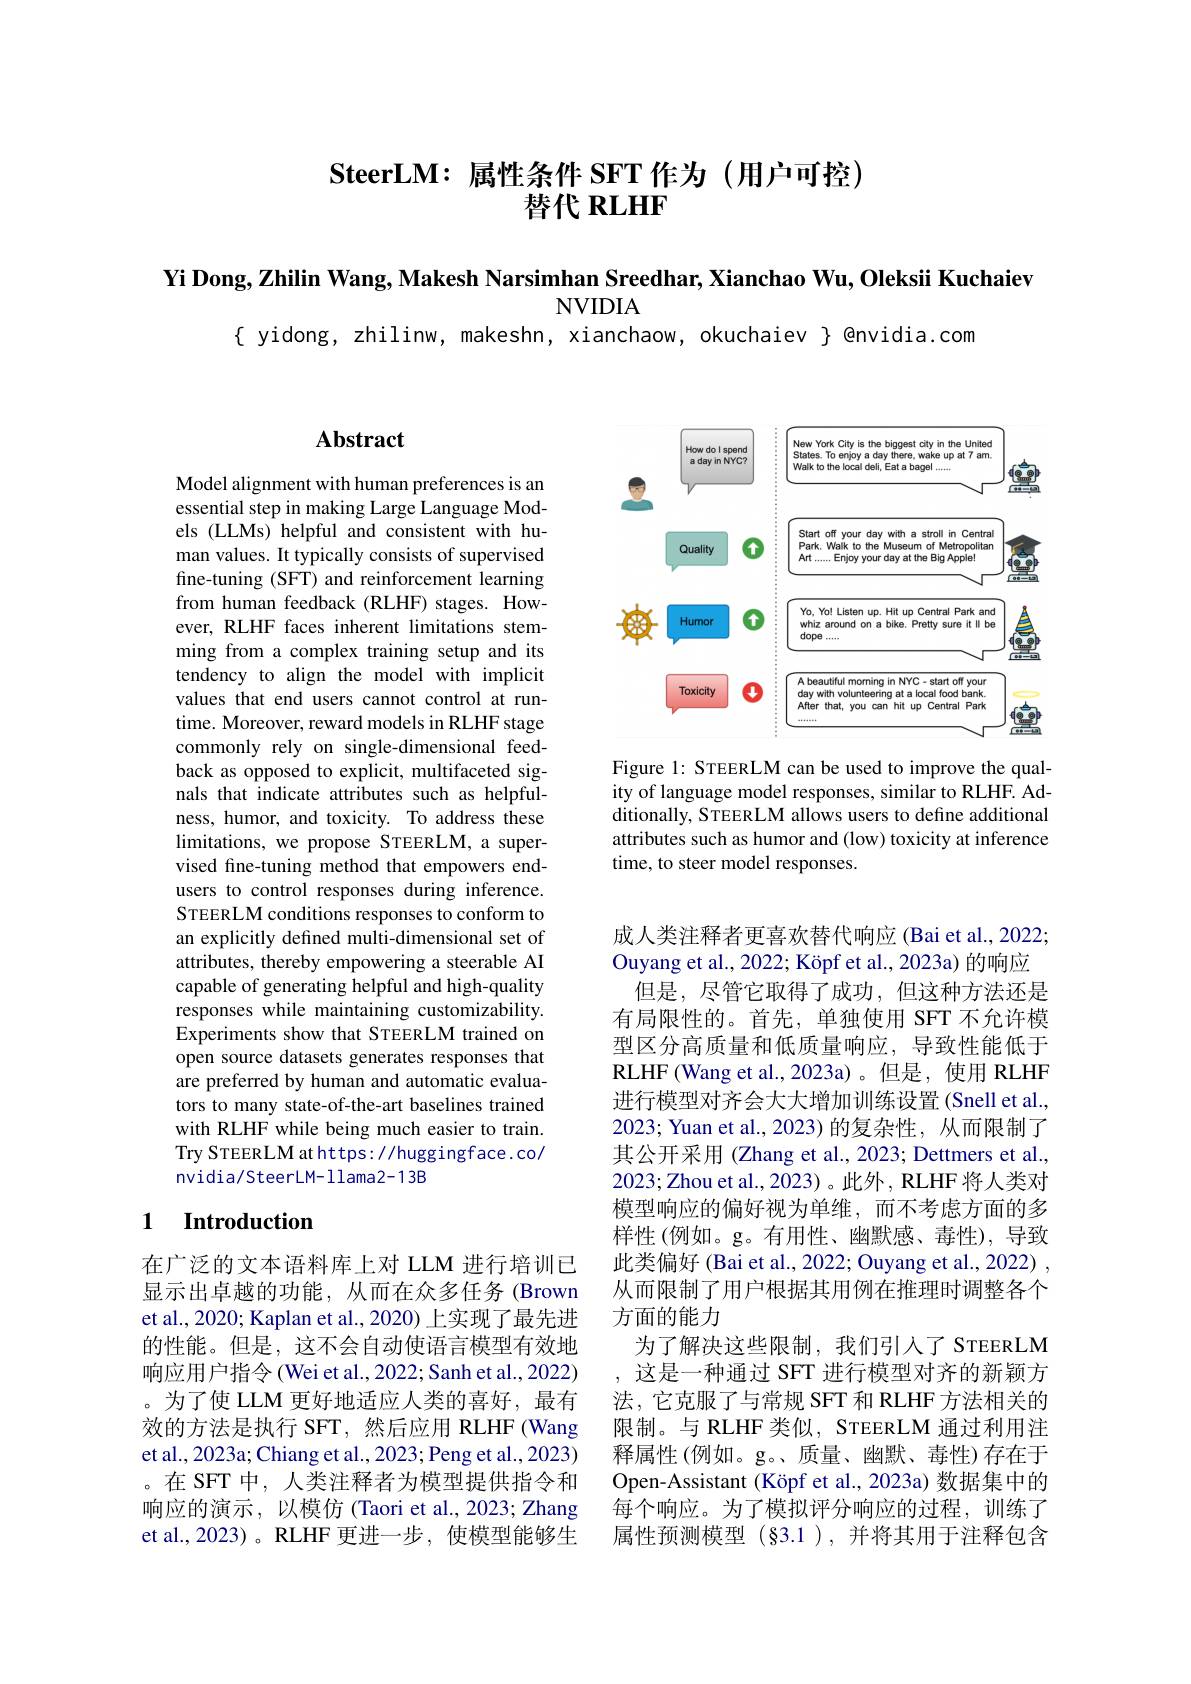
# $\mathbf{SteerLM:}$属性条件 SFT 作为(用户可控) 替代 RLHF

Yi Dong, Zhilin Wang, Makesh Narsimhan Sreedhar, Xianchao Wu, Oleksii Kuchaiev

NVIDIA

{ yidong, zhilinw, makeshn, xianchaow, okuchaiev } @nvidia.com

## $\mathbf{Abstract}$

Model alignment with human preferences is an essential step in making Large Language Models (LLMs) helpful and consistent with human values. It typically consists of supervised fine-tuning (SFT) and reinforcement learning from human feedback (RLHF) stages. However, RLHF faces inherent limitations stemming from a complex training setup and its tendency to align the model with implicit values that end users cannot control at runtime. Moreover, reward models in RLHF stage commonly rely on single-dimensional feedback as opposed to explicit, multifaceted signals that indicate attributes such as helpfulness, humor, and toxicity. To address these limitations, we propose STEERLM, a supervised fine-tuning method that empowers endusers to control responses during inference. STEERLM conditions responses to conform to an explicitly defined multi-dimensional set of attributes, thereby empowering a steerable AI capable of generating helpful and high-quality responses while maintaining customizability. Experiments show that STEERLM trained on open source datasets generates responses that are preferred by human and automatic evaluators to many state-of-the-art baselines trained with RLHF while being much easier to train. Try STEERLM at https://huggingface.co/ nvidia/SteerLM-1lama2-13B

## 1 $\textbf{Introduction}$

在广泛的文本语料库上对 LLM 进行培训已显示出卓越的功能，从而在众多任务(Brown et al., 2020; Kaplan et al., 2020) 上实现了最先进的性能。但是，这不会自动使语言模型有效地响应用户指令(Wei et al., 2022; Sanh et al., 2022) 。为了使 LLM 更好地适应人类的喜好，最有效的方法是执行 SFT,然后应用 RLHF (Wang et al., 2023a; Chiang et al., 2023; Peng et al., 2023) 。在 SFT 中，人类注释者为模型提供指令和响应的演示，以模仿(Taori et al., 2023; Zhang et al.,2023)。RLHF 更进一步，使模型能够生

<FigureHere>

Figure 1: STEERLM can be used to improve the quality of language model responses, similar to RLHF. Additionally, STEERLM allows users to define additional attributes such as humor and (low) toxicity at inference time, to steer model responses.

成人类注释者更喜欢替代响应 (Bai et al., 2022; Ouyang et al., 2022; Köpf et al., 2023a) 的响应
但是，尽管它取得了成功，但这种方法还是有局限性的。首先，单独使用 SFT 不允许模型区分高质量和低质量响应，导致性能低于RLHF (Wang et al.,2023a)。但是，使用 RLHF 进行模型对齐会大大增加训练设置(Snell et al., 2023; Yuan et al., 2023) 的复杂性，从而限制了其公开采用 (Zhang et al., 2023; Dettmers et al., 2023;Zhou et al., 2023)。此外，RLHF 将人类对模型响应的偏好视为单维，而不考虑方面的多样性(例如。g。有用性、幽默感、毒性),导致此类偏好 (Bai et al., 2022; Ouyang et al., 2022) , 从而限制了用户根据其用例在推理时调整各个方面的能力
为了解决这些限制，我们引入了 STEERLM 这是一种通过 SFT 进行模型对齐的新颖方法，它克服了与常规 SFT 和 RLHF 方法相关的限制。与 RLHF 类似，STEERLM 通过利用注释属性 (例如。g。、质量、幽默、毒性)存在于Open-Assistant (Köpf et al., 2023a) 数据集中的每个响应。为了模拟评分响应的过程，训练了属性预测模型(§3.1),并将其用于注释包含